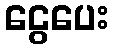
ငွေပေး